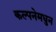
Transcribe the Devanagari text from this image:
कल्पनेमधुन